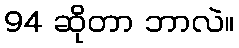
94 ဆိုတာ ဘာလဲ။